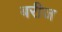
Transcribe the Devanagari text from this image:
बरीज